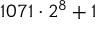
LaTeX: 1 0 7 1 \cdot 2 ^ { 8 } + 1